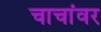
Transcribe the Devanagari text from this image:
चाचांवर